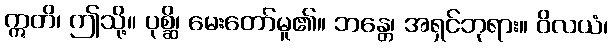
ဣတိ၊ ဤသို့။ ပုစ္ဆိ၊ မေးတော်မူ၏။ ဘန္တေ၊ အရှင်ဘုရား။ ဝိလယံ၊